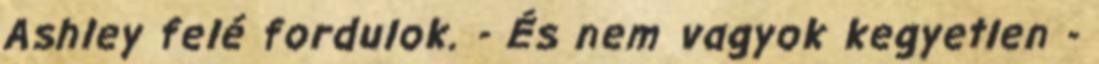
Ashley felé fordulok. - És nem vagyok kegyetlen -